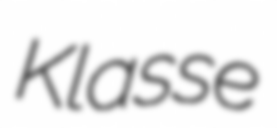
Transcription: Klasse